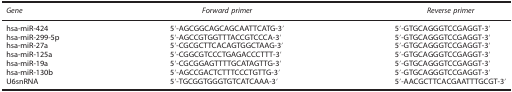
| Gene | Forward primer | Reverse primer |
 | --- | --- | --- |
 | hsa-miR-424 | 5′-AGCGGCAGCAGCAATTCATG-3′ | 5′-GTGCAGGGTCCGAGGT-3′ |
 | hsa-miR-299-5p | 5′-AGCCGTGGTTTACCGTCCCA-3′ | 5′-GTGCAGGGTCCGAGGT-3′ |
 | hsa-miR-27a | 5′-CGCGCTTCACAGTGGCTAAG-3′ | 5′-GTGCAGGGTCCGAGGT-3′ |
 | hsa-miR-125a | 5′-CGGCGTCCCTGAGACCCTTT-3′ | 5′-GTGCAGGGTCCGAGGT-3′ |
 | hsa-miR-19a | 5′-CGCGGAGTTTTGCATAGTTG-3′ | 5′-GTGCAGGGTCCGAGGT-3′ |
 | hsa-miR-130b | 5′-AGCCGACTCTTTCCCTGTTG-3′ | 5′-GTGCAGGGTCCGAGGT-3′ |
 | U6snRNA | 5′-TGCGGTGGGTGTCATCAAA-3′ | 5′-AACGCTTCACGAATTTGCGT-3′ |